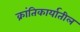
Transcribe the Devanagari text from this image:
क्रांतिकार्यातील